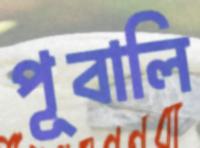
পূবালি